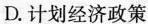
D.计划经济政策